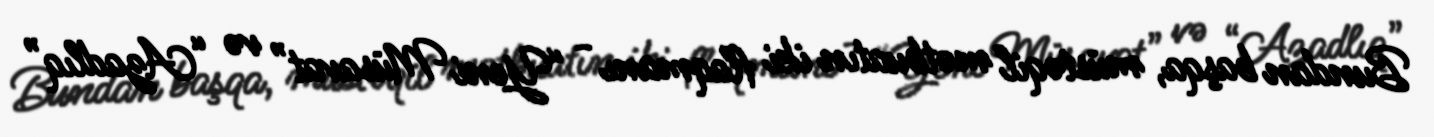
Bundan başqa, müstəqil mətbuatın iki flaqmanı - “Yeni Müsavat” və “Azadlıq”